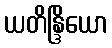
ယတိန္ဒြိယော